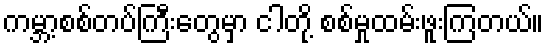
ကမ္ဘာ့စစ်တပ်ကြီးတွေမှာ ငါတို့ စစ်မှုထမ်းဖူးကြတယ်။